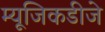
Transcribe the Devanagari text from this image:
म्यूजिकडीजे